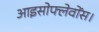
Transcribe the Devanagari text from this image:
आइसोफ्लेवोंस।